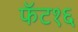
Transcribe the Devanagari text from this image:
फॅट१६